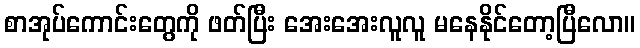
စာအုပ်ကောင်းတွေကို ဖတ်ပြီး အေးအေးလူလူ မနေနိုင်တော့ပြီလော။